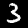
Label: 3